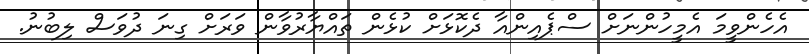
އެހެންވީމަ އެމީހުންނަށް ސްޕެއިންއާ ދެކޮޅަށް ކުޅެން ތައްޔާރުވާން ވަރަށް ގިނަ ދުވަސް ލިބުނު.